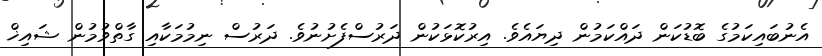
އެނުބައިކަމުގެ ބޮޑުކަން ދައްކަމުން ދިޔައެވެ. އިރުކޮޅަކުން ދަރުސްފެށުނުވެ. ދަރުސް ނިމުމަކާއި ގާތްވުމުން ޝައިޚް